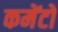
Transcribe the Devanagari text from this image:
कमेंटों